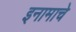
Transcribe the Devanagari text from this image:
इनामाचे